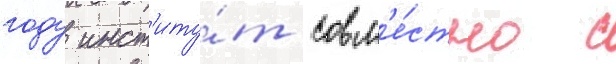
году инст'иту́т совм'е́стно с